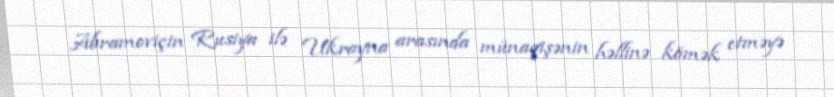
Abramoviçin Rusiya ilə Ukrayna arasında münaqişənin həllinə kömək etməyə